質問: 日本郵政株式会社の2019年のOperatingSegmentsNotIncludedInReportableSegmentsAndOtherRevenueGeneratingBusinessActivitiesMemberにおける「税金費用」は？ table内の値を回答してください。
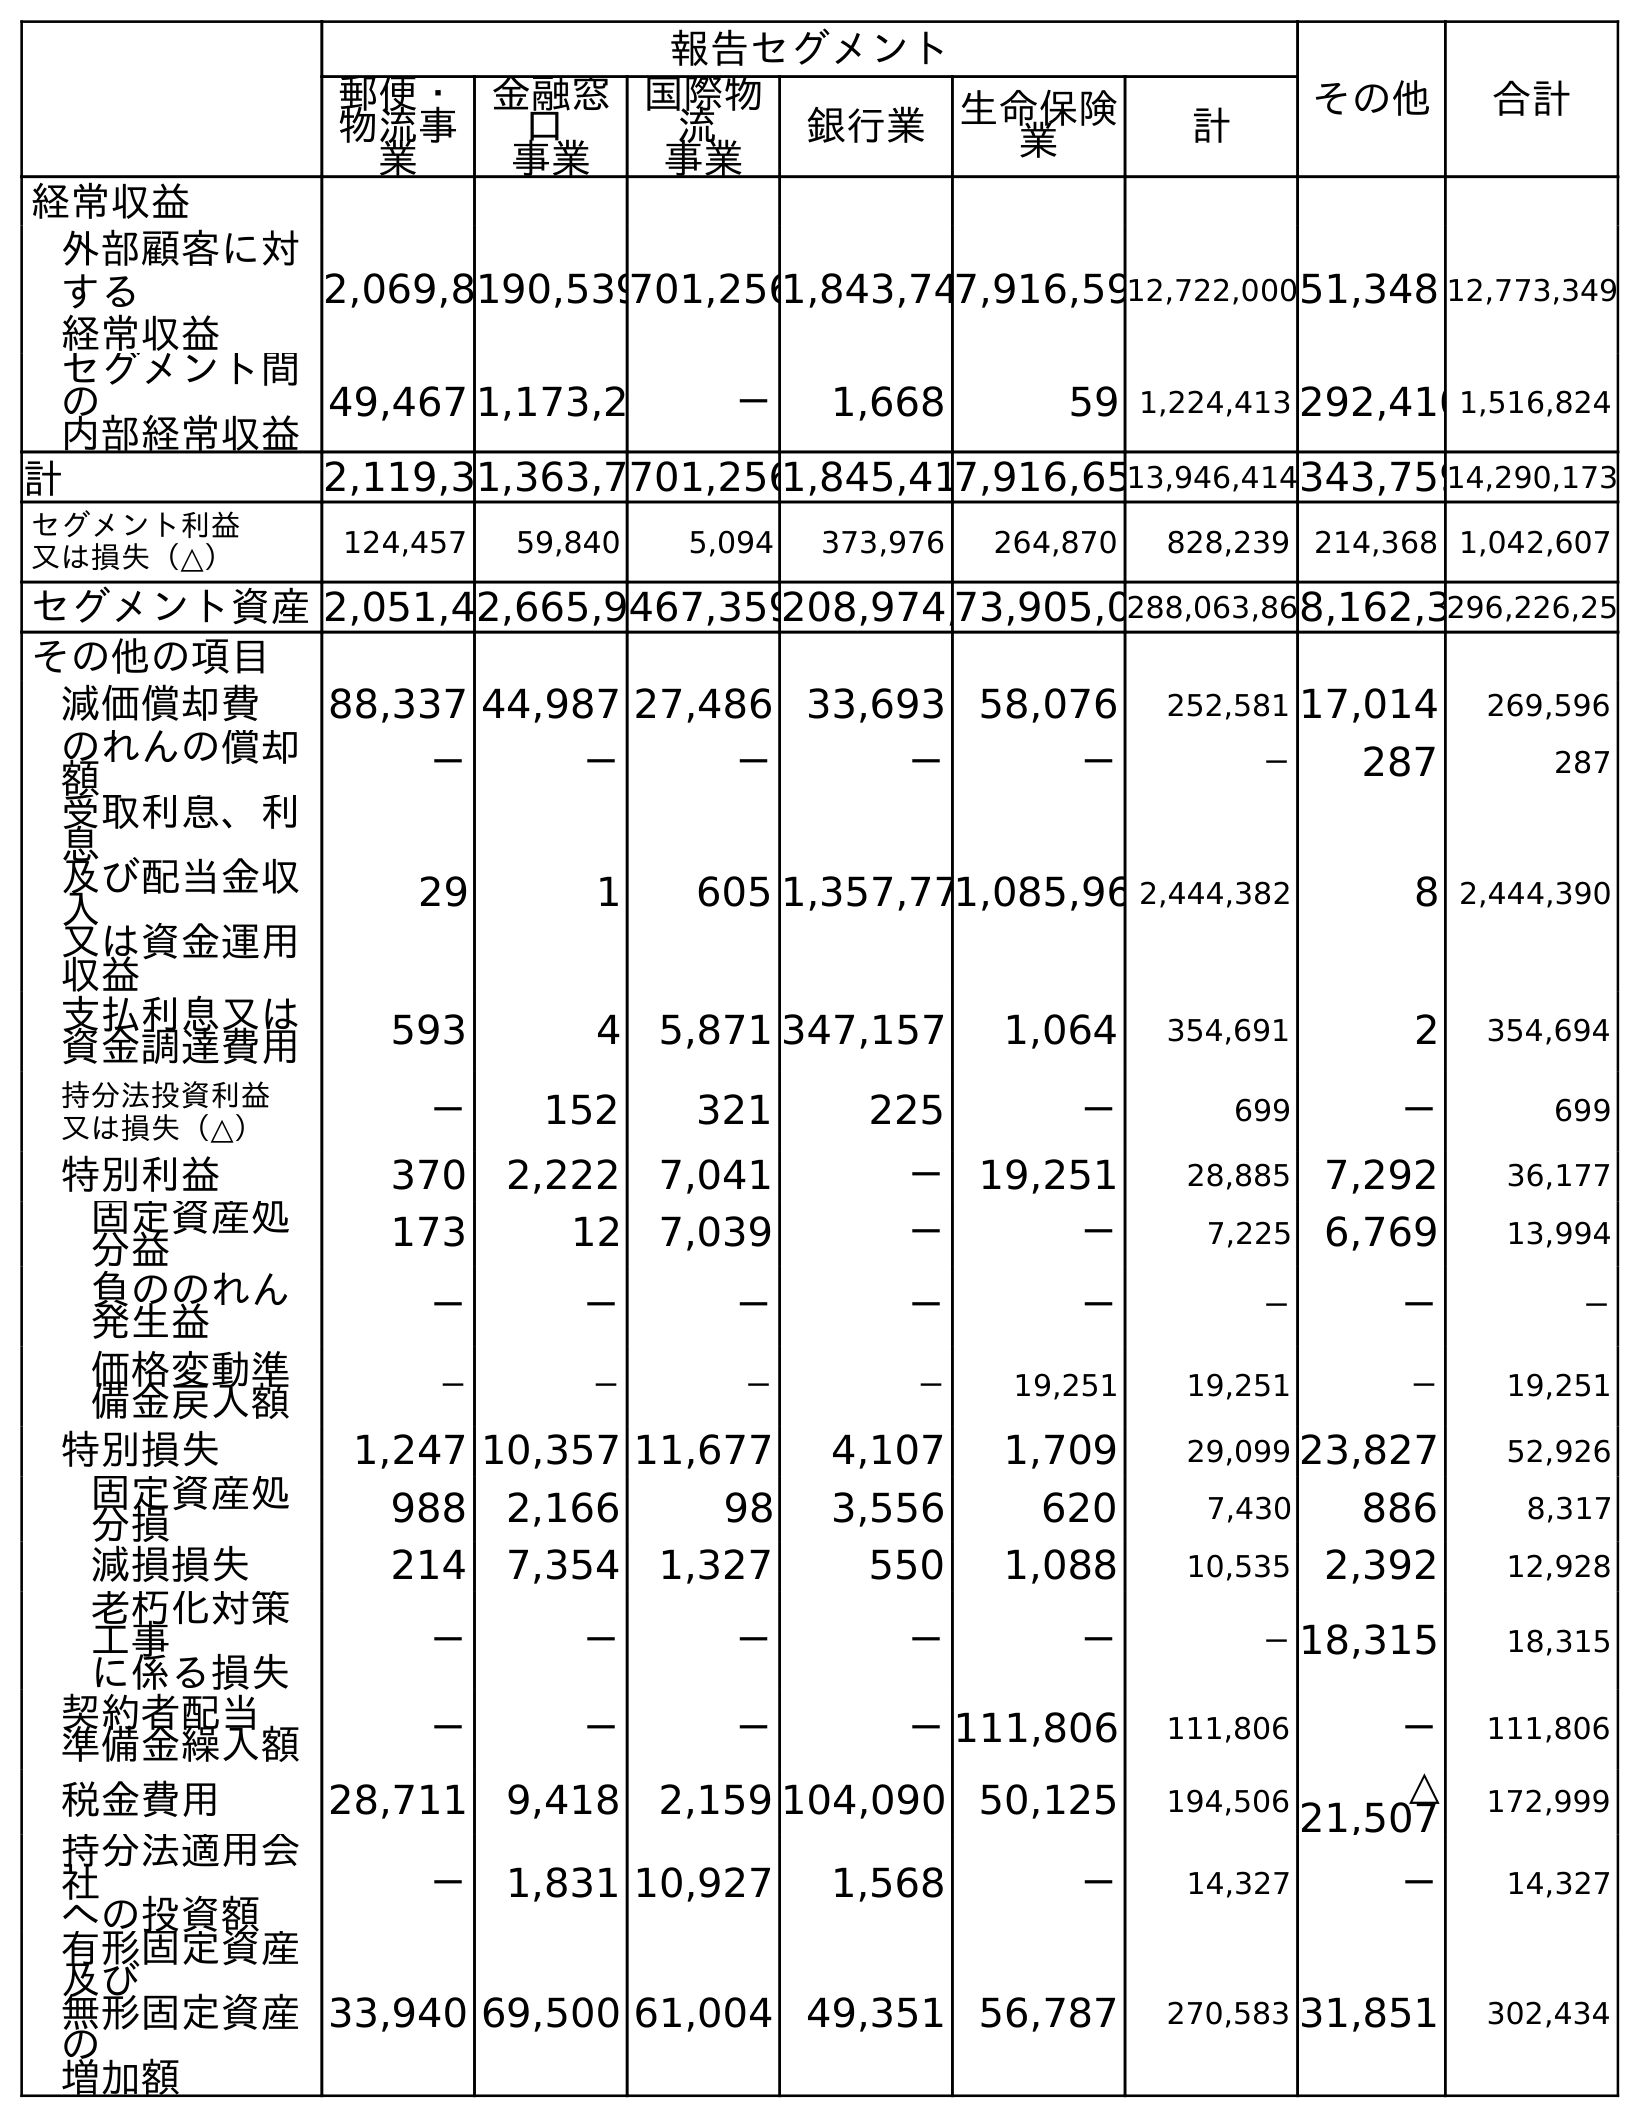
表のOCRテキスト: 報告セグメント その他 合計 郵便・ 物流事 業 金融窓 口 事業 国際物 流 事業 銀行業 生命保険 業 計 経常収益 外部顧客に対 する 経常収益 2,069,8190,539701,2561,843,747,916,5912,722,00051,348 12,773,349 セグメント間 の 内部経常収益 49,467 1,173,2 － 1,668 59 1,224,413 292,4101,516,824 計 2,119,31,363,7701,2561,845,417,916,6513,946,414343,75914,290,173 セグメント利益 又は損失（△） 124,457 59,840 5,094 373,976 264,870 828,239 214,368 1,042,607 セグメント資産2,051,42,665,9467,359208,974,73,905,0288,063,868,162,3296,226,25 その他の項目 減価償却費 88,337 44,987 27,486 33,693 58,076 252,581 17,014 269,596 のれんの償却 額 － － － － － － 287 287 受取利息、利 息 及び配当金収 入 又は資金運用 収益 29 1 605 1,357,771,085,96 2,444,382 8 2,444,390 支払利息又は 資金調達費用 593 4 5,871 347,157 1,064 354,691 2 354,694 持分法投資利益 又は損失（△） － 152 321 225 － 699 － 699 特別利益 370 2,222 7,041 － 19,251 28,885 7,292 36,177 固定資産処 分益 173 12 7,039 － － 7,225 6,769 13,994 負ののれん 発生益 － － － － － － － － 価格変動準 備金戻入額 － － － － 19,251 19,251 － 19,251 特別損失 1,247 10,357 11,677 4,107 1,709 29,099 23,827 52,926 固定資産処 分損 988 2,166 98 3,556 620 7,430 886 8,317 減損損失 214 7,354 1,327 550 1,088 10,535 2,392 12,928 老朽化対策 工事 に係る損失 － － － － － －18,315 18,315 契約者配当 準備金繰入額 － － － －111,806 111,806 － 111,806 税金費用 28,711 9,418 2,159 104,090 50,125 194,506 △ 21,507 172,999 持分法適用会 社 への投資額 － 1,831 10,927 1,568 － 14,327 － 14,327 有形固定資産 及び 無形固定資産 の 増加額 33,940 69,500 61,004 49,351 56,787 270,583 31,851 302,434
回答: △21,507